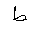
Letter: _da